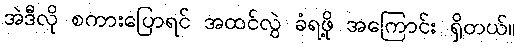
အဲဒီလို စကားပြောရင် အထင်လွဲ ခံရဖို့ အကြောင်း ရှိတယ်။